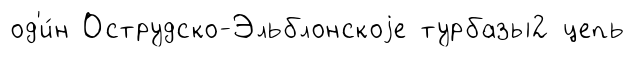
од'и́н Острудско-Эльблонскоjе турбазы2 цепь